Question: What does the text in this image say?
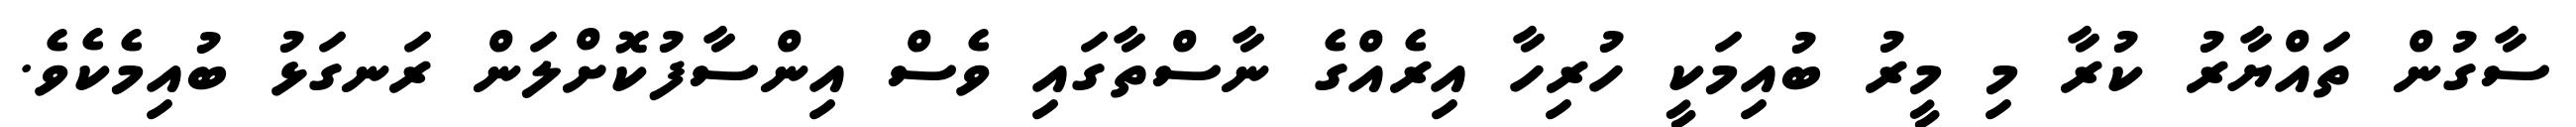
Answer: ސާގުން ތައްޔާރު ކުރާ މި މީރު ބުއިމަކީ ހުރިހާ އިރެއްގެ ނާސްތާގައި ވެސް އިންސާފުކޮށްލަން ރަނގަޅު ބުއިމެކެވެ.